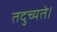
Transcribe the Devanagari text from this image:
तदुच्यते।